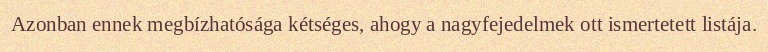
Azonban ennek megbízhatósága kétséges, ahogy a nagyfejedelmek ott ismertetett listája.